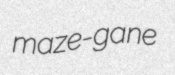
maze-gane